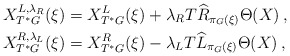
\begin{align*} X^{L,\lambda_R}_{T^*G}(\xi)&=X^L_{T^*G}(\xi)+ \lambda_R T\widehat R_{\pi_G(\xi)} \Theta(X)\,,\\ X^{R,\lambda_L}_{T^*G}(\xi)&=X^R_{T^*G}(\xi)-\lambda_L T\widehat L_{\pi_G(\xi)} \Theta(X)\,, \end{align*}